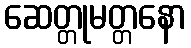
ဆေတ္တုမတ္တနော